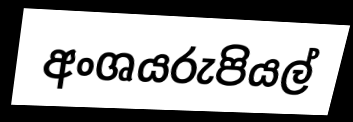
අංශයරුපියල්